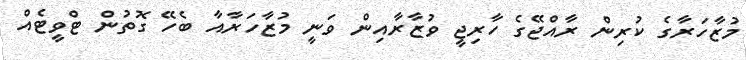
މުޒާހަރާގެ ކުރިން ރާއްޖޭގެ ހާރިޖީ ވުޒާރާއިން ވަނީ މުޒާހަރާއާ ބެހޭ ގޮތުން ޓްވީޓެއް